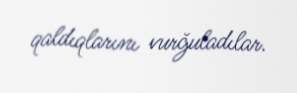
qaldıqlarını vurğuladılar.